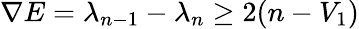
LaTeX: \nabla E=\lambda_{n-1}-\lambda_{n}\geq 2(n-V_{1})